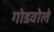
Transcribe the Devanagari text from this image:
गोडवोले